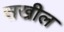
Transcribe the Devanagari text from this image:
सखील